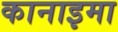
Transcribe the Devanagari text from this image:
कानाइमा